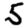
Digit: 5